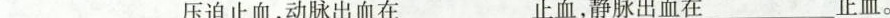
___压迫止血，动脉出血在___止血，静脉出血在___止血。